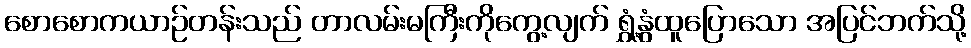
စောစောကယာဉ်တန်းသည် တာလမ်းမကြီးကိုကွေ့လျက် ရွှံ့နွံထူပြောသော အပြင်ဘက်သို့